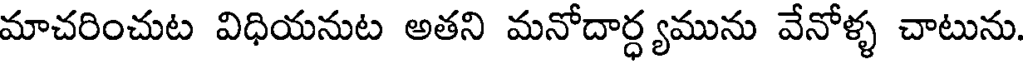
మాచరించుట విధియనుట అతని మనోదార్ధ్యమును వేనోళ్ళ చాటును.